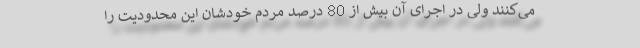
می‌کنند ولی در اجرای آن بیش از 80 درصد مردم خودشان این محدودیت را